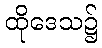
ထိုဒေသ၌